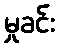
မှုခင်း